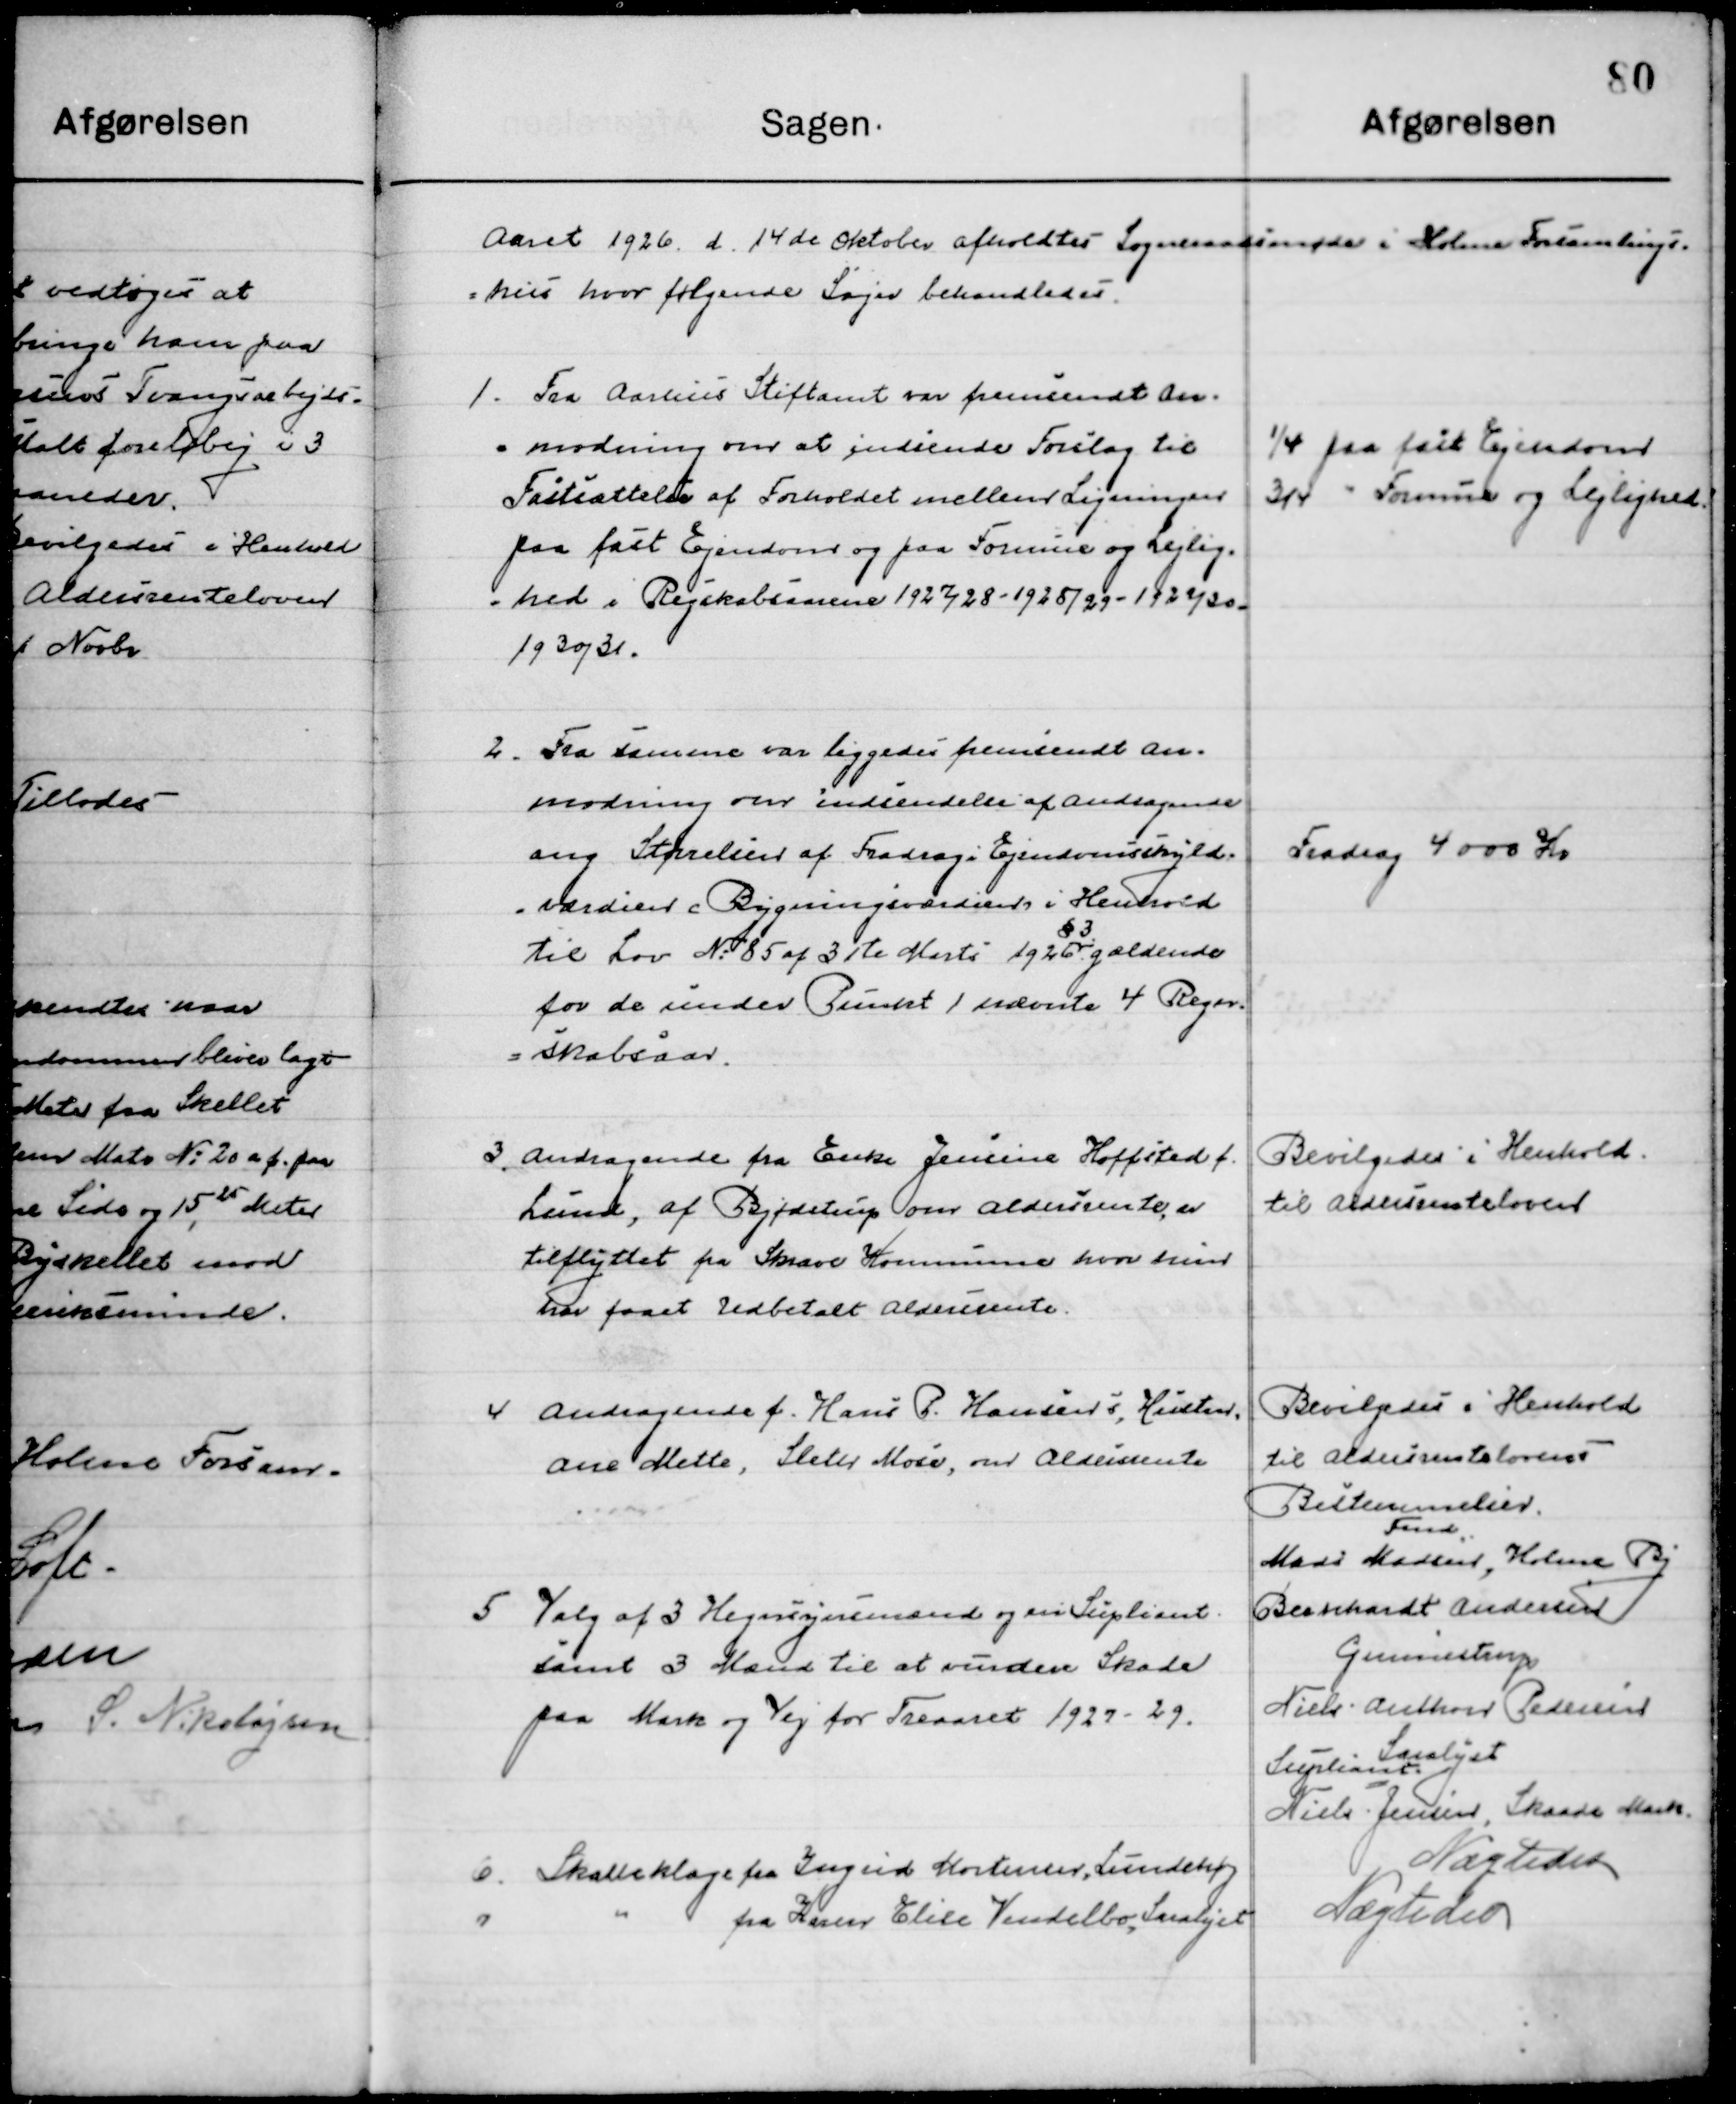
Transskription:
Aaret 1926 d. 14de Oktober afholdt Sogneraadsmøde i Holme Forsamlings-
Hus hvor følgende Sager behandledes.

1

Fra Aarhus Stiftsamt var fremsendt an-
modning om indsendelse Forslag til
Fastsættelse af Forholdet mellem Ligninger
paa fast Ejendom og paa Fodrmue og Lejlig-
hed i Regnskabsaarene 1927/28-1928/29-1929/30-
1930/31.

¼ paa fast Ejendom
¾ - Formue og Lejlighed

2

Fra samme var ligeledes fremsendt an-
modning om indsendelse af andragende
ang. Størrelsen af fradrag i Ejendomsskyld
værdier i Bygningsværdier i Henhold
til Lov No. 85 af 3die Marts 1926 § 6 gældende
for de under Punkt 1 nævnte 4 Regn- 
skabsaar

Fradrag 4000 Kr.

3

Andragende fra Enke Jensine Hoffsted f.
Lund, af Bjødstrup om Aldersrente er
tilflyttet fra Skaade Kommune hvor hun
har faaet udbetalt Aldersrente

Bevilgedes i Henhold
til aldersrenteloven

4

Andragende f. Hans P. Hansen i Husten
Ane Mette, Sleter Mose, om Aldersrente

Bevilgedes i Henhold
til aldersrenteloven

5

Valg af 3 Hegnsynsmænd og en Suppleant
samt 3 Mænd til at vurdere Skade
paa Mark og Vej for Treaaret 1927-29.

Bestemmelser
Fmd.
Mads Madsen, Holme By
Bernhardt Andersen
Gummestrup
Niels Anthon Pedersen
Saralyst Suppliant
Niels Jensen, Skaade Mark

6

Skatteklag fra Ingrid Mortensen, Lundshøj

Nægtedes

7

Do fra Kaseer Elise Vendelbo, Saralyst

Nægtedes